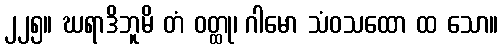
၂၂၅။ ဃရာဒိဘူမိ တံ ဝတ္ထု၊ ဂါမော သံဝသထော ထ သော။